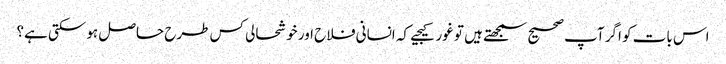
اس بات کو اگر آپ صحیح سمجھتے ہیں تو غور کیجیے کہ انسانی فلاح اور خوشحالی کس طرح حاصل ہوسکتی ہے؟